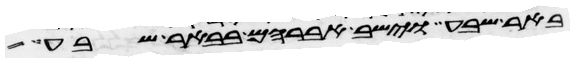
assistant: באר שבע וישב אברהם בבאר שבע